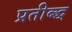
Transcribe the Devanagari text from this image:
प्रतीब्द्ध